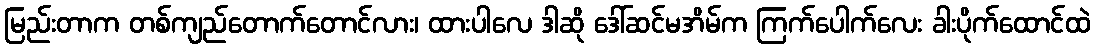
မြည်းတာက တစ်ကျည်တောက်တောင်လား၊ ထားပါလေ ဒါဆို ဒေါ်ဆင်မအိမ်က ကြက်ပေါက်လေး ခါးပိုက်ထောင်ထဲ